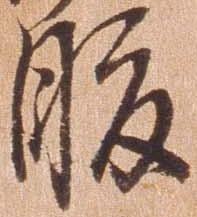
腹